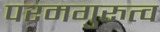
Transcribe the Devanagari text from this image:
परमगुरुत्व